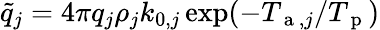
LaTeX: \tilde{q}_{j}=4\pi q_{j}\rho_{j}k_{0,j}\exp(-T_{\mathrm{~a~},j}/T_{\mathrm{~p~}})